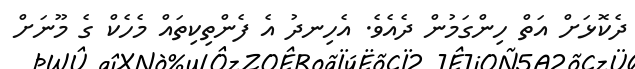
ދެކޮޅަށް އަތް ހިންގަމުން ދެއެވެ. އެހިނދު އެ ފެންތިކިތައް މެހެކް ގެ މޫނަށް